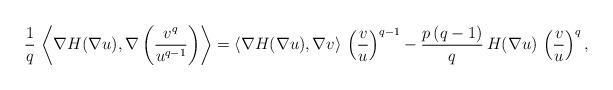
LaTeX: \begin{align*}\frac{1}{q}\,\left\langle\nabla H(\nabla u), \nabla \left(\frac{v^q}{u^{q-1}}\right)\right\rangle=\left\langle \nabla H(\nabla u), \nabla v\right\rangle\, \left(\frac{v}{u}\right)^{q-1}-\frac{p\,(q-1)}{q}\, H(\nabla u)\, \left(\frac{v}{u}\right)^q,\end{align*}